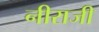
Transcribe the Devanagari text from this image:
नीराजी